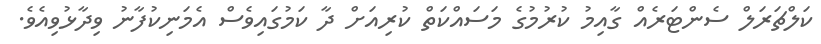
ކަލްޗަރަލް ސެންޓަރެއް ގާއިމު ކުރުމުގެ މަސައްކަތް ކުރިއަށް ދާ ކަމުގައިވެސް އެމަނިކުފާނު ވިދާޅުވިއެވެ.